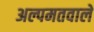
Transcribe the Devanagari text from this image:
अल्पमतवाले